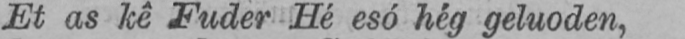
Et as kê Fuder Hé esô hég geluoden,